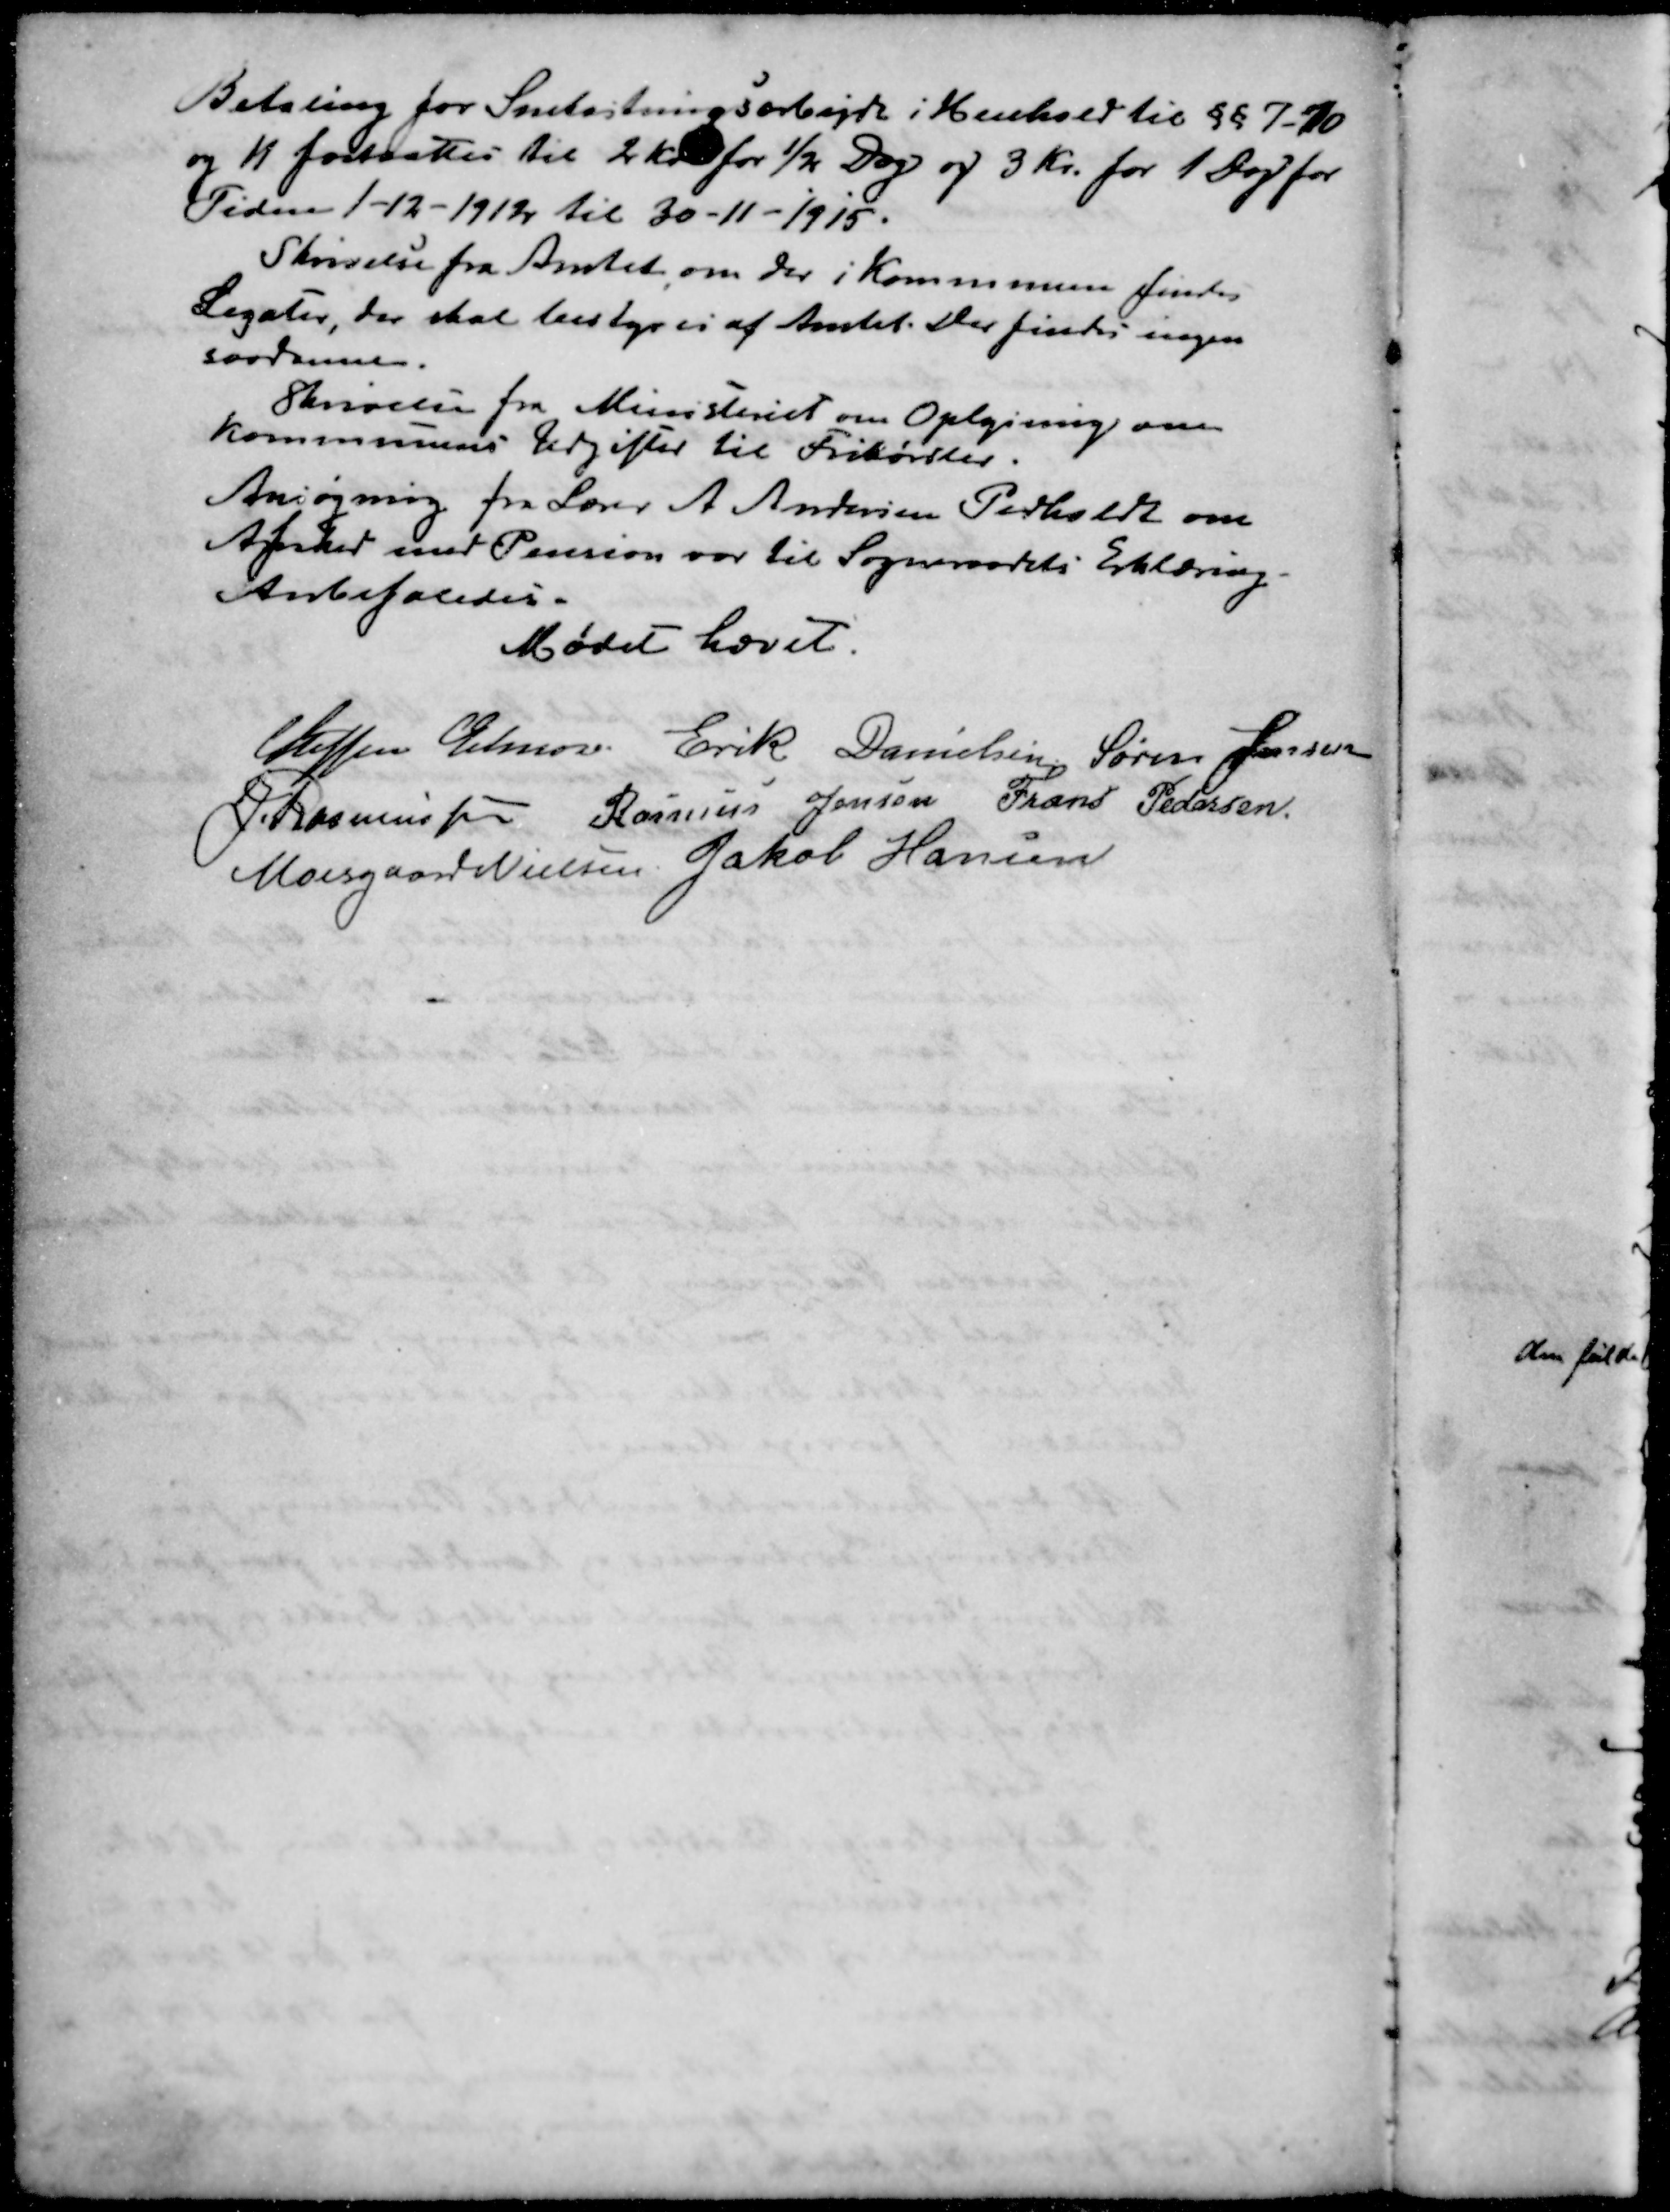
Transskription:
Betaling for Snekastningsarbejde i Henhold til §§ 7-10
og 11 fastsattes til 2 Kr for ½ Dag og 3 Kr. for 1 Dag for
Tiden 1 - 12 - 1912 til 30 - 11 - 1915.
Skrivelse fra Amtet om der i Kommunen findes
Legater, der skal bestyres af Amtet. Der findes ingen
saadanne
Skrivelse fra Ministeriet om Oplysning om
Kommunens Udgifter til Frikørsler.
Ansøgning fra Lærer A Andersen Pedholdt om
Afsked med Pension var til Sogneraadets Erklæring
Anbefaledes.
Mødet hævet.
Steffen Elmose
 Erik Danielsen
Søren Jensen
J Rasmussen
Rasmus Jensen
 Frans Pedersen
Moesgaard Nielsen
Jakob Hansen